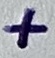
Text: +